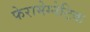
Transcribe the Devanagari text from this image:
फेरामेग्नेटिक